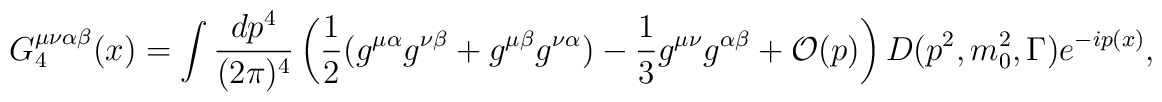
G_4^{\mu\nu\alpha\beta}(x)=\int {dp^4\over (2\pi)^4} \left ( {1\over2}(g^{\mu\alpha}g^{\nu\beta} + g^{\mu\beta}g^{\nu\alpha}) - {1\over3}g^{\mu\nu}g^{\alpha\beta}+{\cal O}(p) \right )D(p^2,m_0^2, \Gamma)e^{-ip(x)},